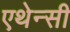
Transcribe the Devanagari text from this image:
एथेन्सी